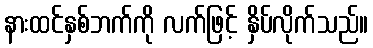
နားထင်နှစ်ဘက်ကို လက်ဖြင့် နှိပ်လိုက်သည်။